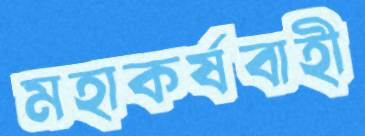
মহাকর্ষবাহী